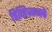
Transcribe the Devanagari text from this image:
डिव्हिजनचे